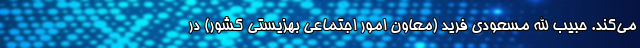
می‌کند. حبیب الله مسعودی فرید (معاون امور اجتماعی بهزیستی کشور) در